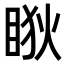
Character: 𥇃